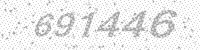
Solution: 691446